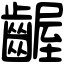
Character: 齷